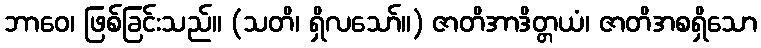
ဘာဝေ၊ ဖြစ်ခြင်းသည်။ (သတိ၊ ရှိလသော်။) ဇာတိအာဒိတ္တယံ၊ ဇာတိအစရှိသော